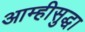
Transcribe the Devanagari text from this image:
आम्हीसुद्धा